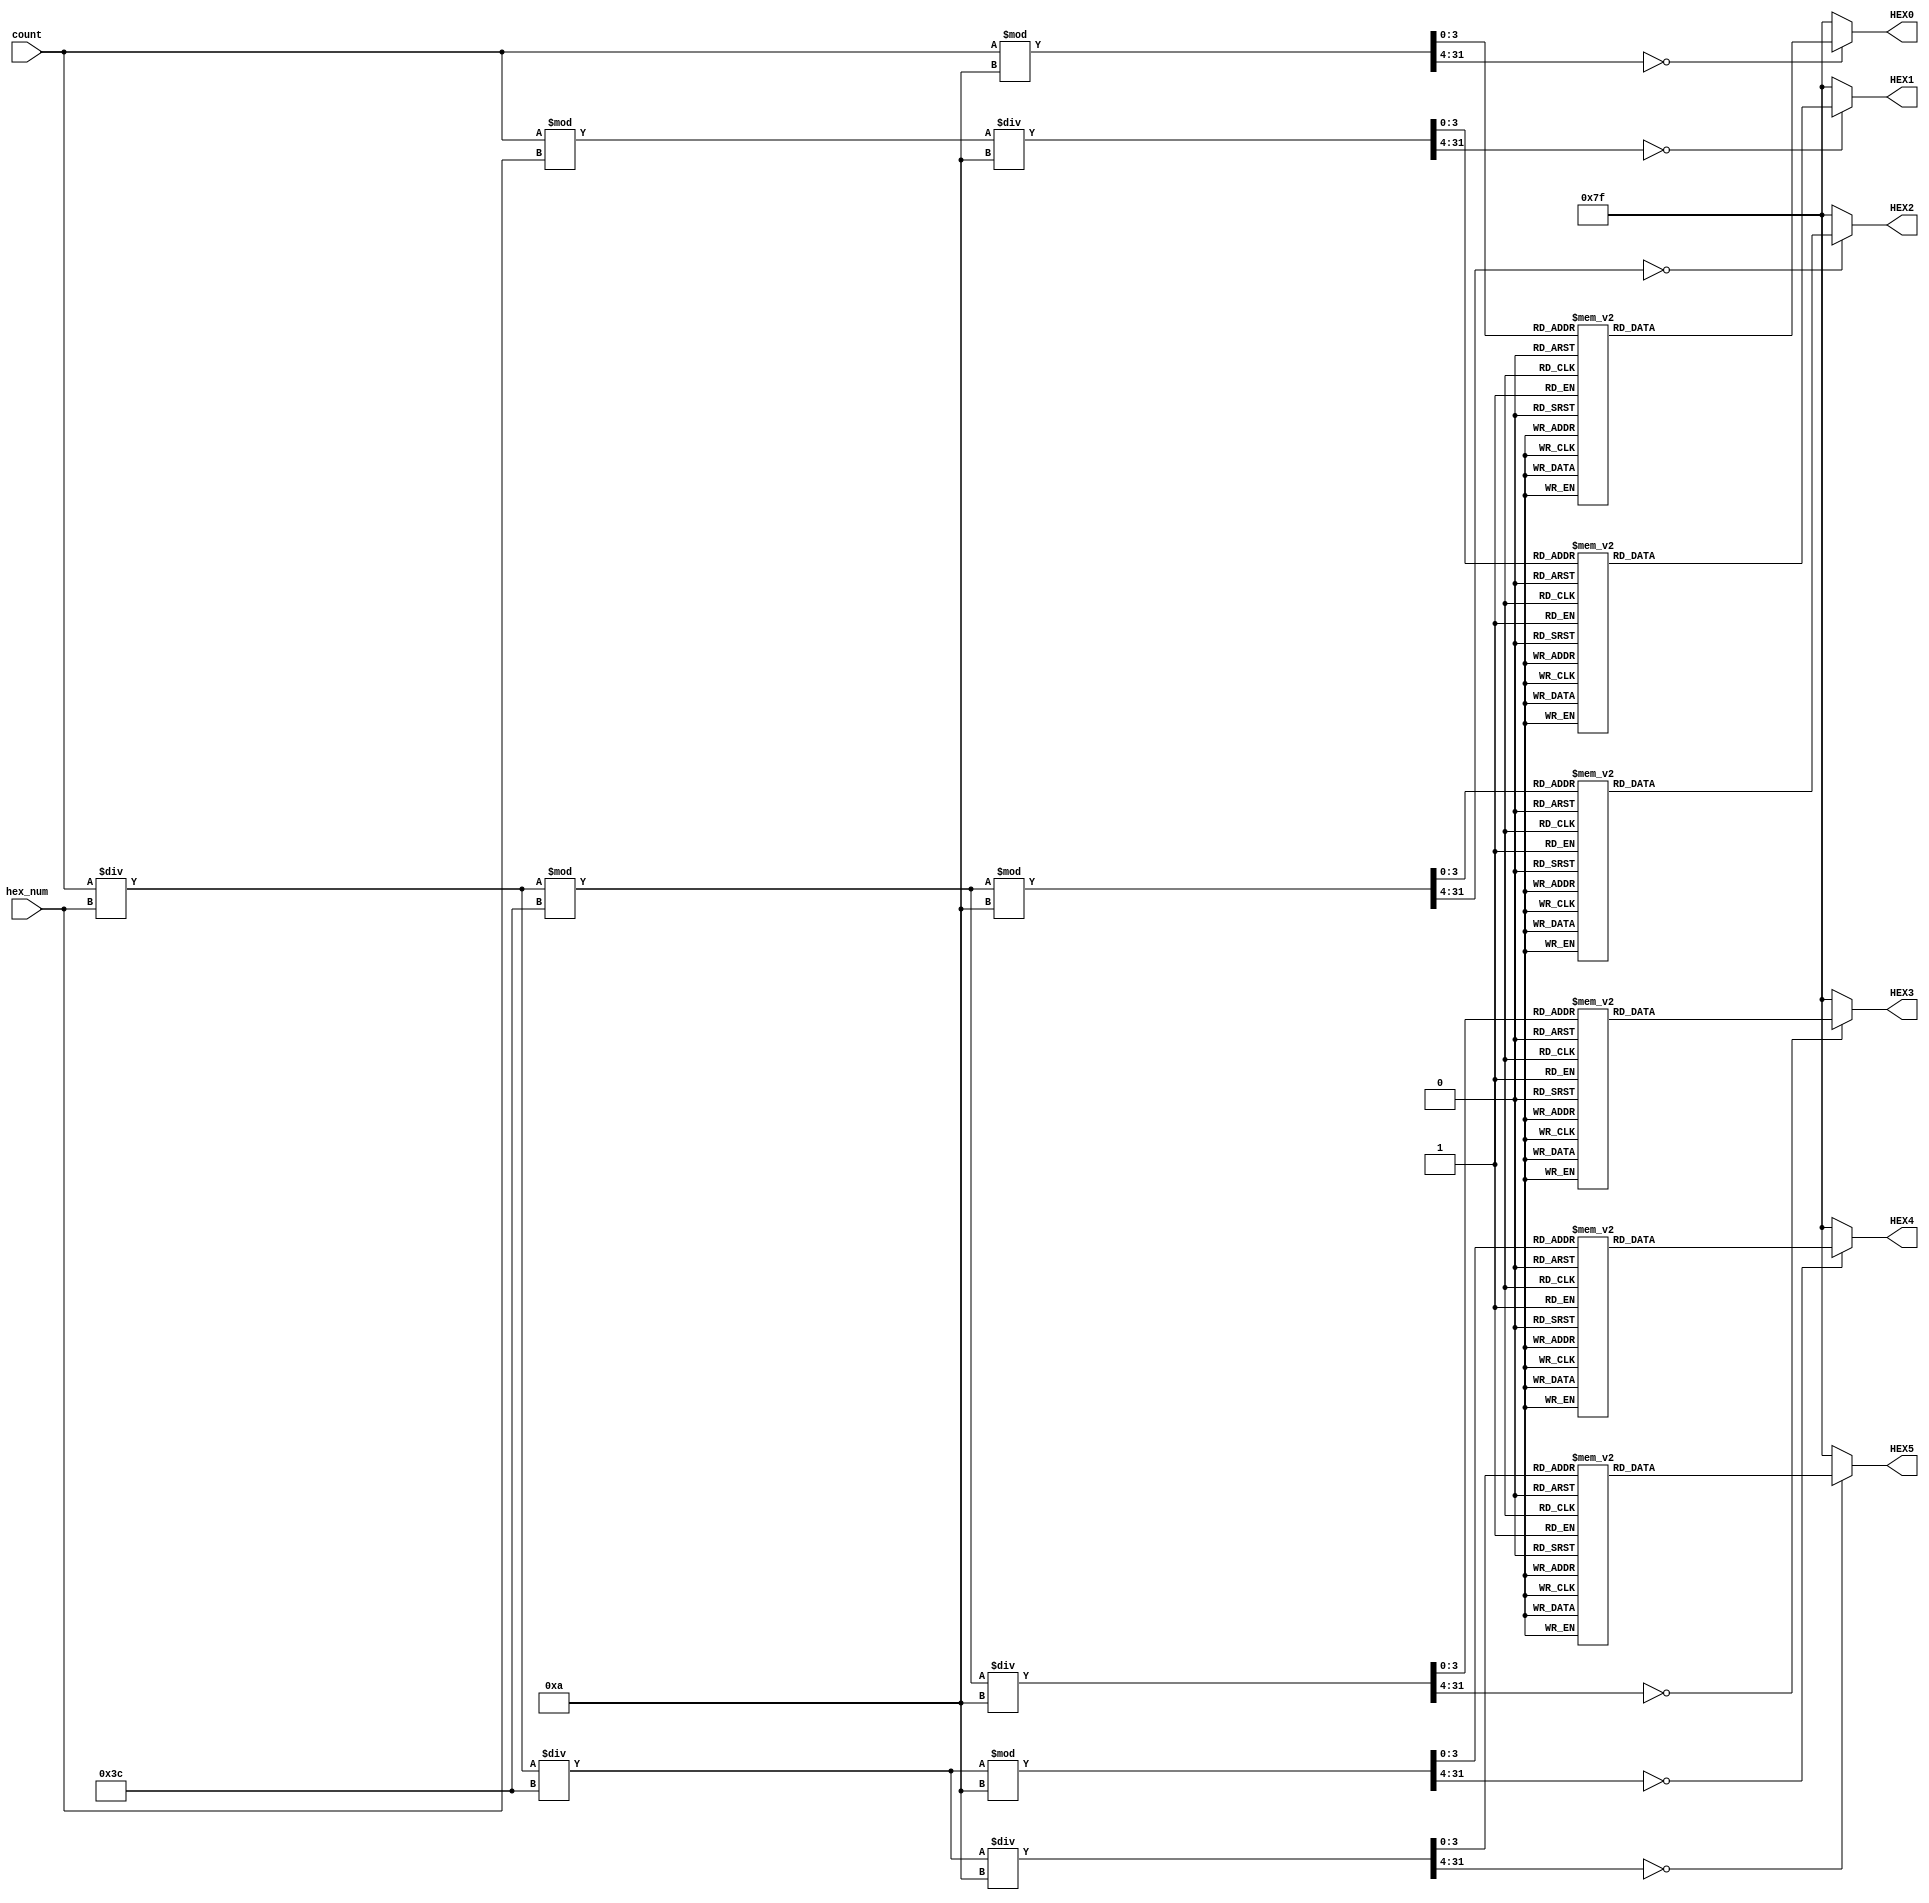
module decode_hex(hex_num,count,HEX0,HEX1,HEX2,HEX3,HEX4,HEX5);
	input [6:0] hex_num;
	input [19:0] count;
	output reg [6:0] HEX0,HEX1,HEX2,HEX3,HEX4,HEX5;

	always @(count)
	begin
		case (count%10)
			0: HEX0=7'b1000000;
			1: HEX0=7'b1111001;
			2: HEX0=7'b0100100;
			3: HEX0=7'b0110000;
			4: HEX0=7'b0011001;
			5: HEX0=7'b0010010;
			6: HEX0=7'b0000010;
			7: HEX0=7'b1111000;
			8: HEX0=7'b0000000;
			9: HEX0=7'b0010000;
			default: HEX0=7'b1111111;
		endcase
		case ((count%hex_num)/10)
			0: HEX1=7'b1000000;
			1: HEX1=7'b1111001;
			2: HEX1=7'b0100100;
			3: HEX1=7'b0110000;
			4: HEX1=7'b0011001;
			5: HEX1=7'b0010010;
			6: HEX1=7'b0000010;
			7: HEX1=7'b1111000;
			8: HEX1=7'b0000000;
			9: HEX1=7'b0010000;
			default: HEX1=7'b1111111;
		endcase		
		case ((count/hex_num%60)%10)
			0: HEX2=7'b1000000;
			1: HEX2=7'b1111001;
			2: HEX2=7'b0100100;
			3: HEX2=7'b0110000;
			4: HEX2=7'b0011001;
			5: HEX2=7'b0010010;
			6: HEX2=7'b0000010;
			7: HEX2=7'b1111000;
			8: HEX2=7'b0000000;
			9: HEX2=7'b0010000;
			default: HEX2=7'b1111111;
		endcase	
		case ((count/hex_num%60)/10)
			0: HEX3=7'b1000000;
			1: HEX3=7'b1111001;
			2: HEX3=7'b0100100;
			3: HEX3=7'b0110000;
			4: HEX3=7'b0011001;
			5: HEX3=7'b0010010;
			6: HEX3=7'b0000010;
			7: HEX3=7'b1111000;
			8: HEX3=7'b0000000;
			9: HEX3=7'b0010000;
			default: HEX3=7'b1111111;
		endcase		
		case ((count/hex_num/60)%10)
			0: HEX4=7'b1000000;
			1: HEX4=7'b1111001;
			2: HEX4=7'b0100100;
			3: HEX4=7'b0110000;
			4: HEX4=7'b0011001;
			5: HEX4=7'b0010010;
			6: HEX4=7'b0000010;
			7: HEX4=7'b1111000;
			8: HEX4=7'b0000000;
			9: HEX4=7'b0010000;
			default: HEX4=7'b1111111;
		endcase		
		case ((count/hex_num/60)/10)
			0: HEX5=7'b1000000;
			1: HEX5=7'b1111001;
			2: HEX5=7'b0100100;
			3: HEX5=7'b0110000;
			4: HEX5=7'b0011001;
			5: HEX5=7'b0010010;
			6: HEX5=7'b0000010;
			7: HEX5=7'b1111000;
			8: HEX5=7'b0000000;
			9: HEX5=7'b0010000;
			default: HEX5=7'b1111111;
		endcase			
	end



endmodule